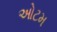
ઓટમ